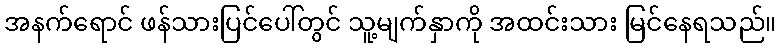
အနက်ရောင် ဖန်သားပြင်ပေါ်တွင် သူ့မျက်နှာကို အထင်းသား မြင်နေရသည်။